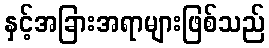
နှင့်အခြားအရာများဖြစ်သည်